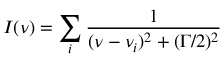
I ( \nu ) = \sum _ { i } \frac { 1 } { ( \nu - \nu _ { i } ) ^ { 2 } + ( \Gamma / 2 ) ^ { 2 } }